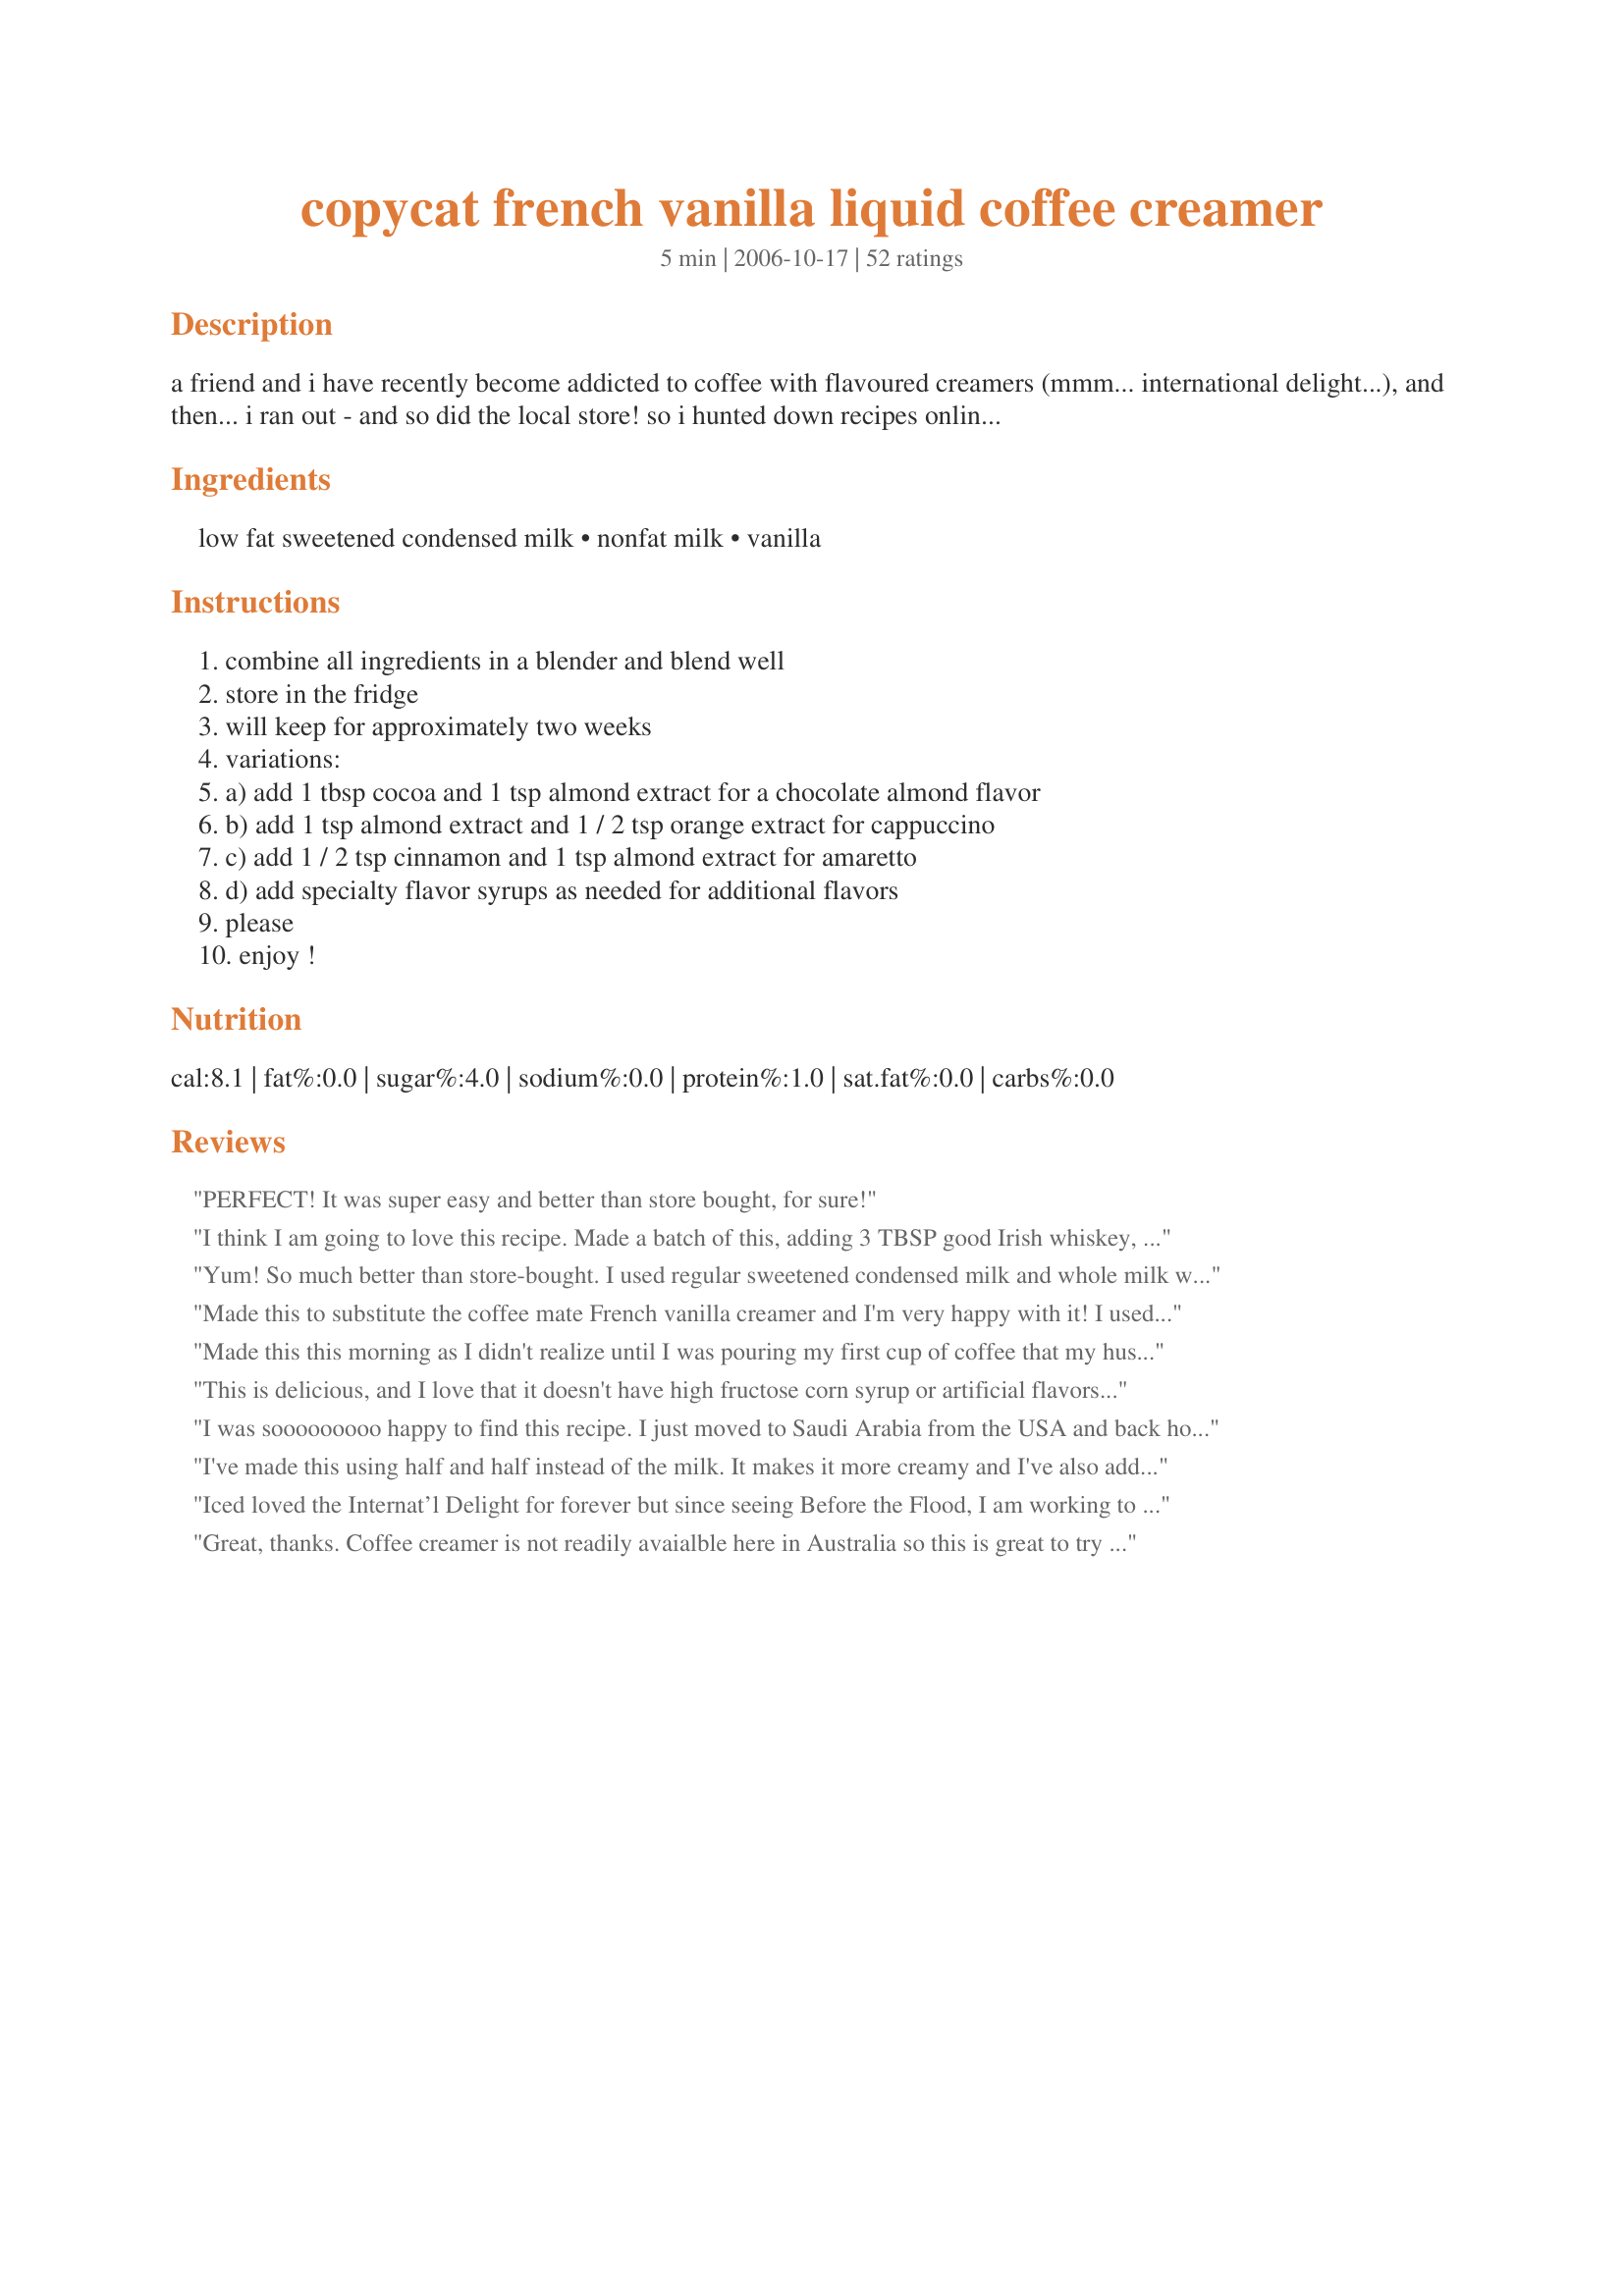
copycat french vanilla liquid coffee creamer
Preparation time: 5 minutes

a friend and i have recently become addicted to coffee with flavoured creamers (mmm... international delight...), and then... i ran out - and so did the local store! so i hunted down recipes online until i found this one - it's sweet and creamy and (most importantly - to me, at least) not a powder!!! it's from thriftyfun.com.

Ingredients:
low fat sweetened condensed milk, nonfat milk, vanilla

Steps:
combine all ingredients in a blender and blend well
store in the fridge
will keep for approximately two weeks
variations:
a) add 1 tbsp cocoa and 1 tsp almond extract for a chocolate almond flavor
b) add 1 tsp almond extract and 1 / 2 tsp orange extract for cappuccino
c) add 1 / 2 tsp cinnamon and 1 tsp almond extract for amaretto
d) add specialty flavor syrups as needed for additional flavors
please
enjoy !

Reviews:
PERFECT! It was super easy and better than store bought, for sure!
I think I am going to love this recipe. Made a batch of this, adding 3 TBSP good Irish whiskey, as DH loves Irish whiskey flavored creamer, which I can't find anywhere anymore. The taste is wonderfull, made using homemade sweetened condensed milk too, had the whole thing together in minutes. Will have to try mixing up chocolate mint when this batch is gone! Thanks for posting!
Yum! So much better than store-bought. I used regular sweetened condensed milk and whole milk with vanilla extract. Don't think I'll be spending so much on the brand anymore.
Made this to substitute the coffee mate French vanilla creamer and I'm very happy with it! I used almond milk and fat free condensed milk. I don't think I'll go back to the store bought stuff since I don't know everything that's in it and I don't think I want to be drinking vegetable oil with my coffee.
Made this this morning as I didn't realize until I was pouring my first cup of coffee that my husband used the last of the store bought french vanilla creamer. LOVED IT! Thanks for the receipe, this will be a big money saver as neither of us like coffee without the flavored creamer!
This is delicious, and I love that it doesn't have high fructose corn syrup or artificial flavors in it. It tastes a little different from store bought - kind of a caramel flavor from the sweetened condensed milk. I can't wait to try some of the other variations.
I was sooooooooo happy to find this recipe. I just moved to Saudi Arabia from the USA and back home I would drink this coffee creamer by Coffe Mate everyday but they do not have it here. They actually only have the powdered kind and also the vanilla extract here is also powder, ugh. So thanks for at least bringing me back one thing I loved and missed..
I've made this using half and half instead of the milk. It makes it more creamy and I've also added cinnamon before it's so yummy!!!!
Iced loved the Internat’l Delight for forever but since seeing Before the Flood, I am working to remove palm oil (under its many names) out of my purchasing from food &amp; supplements to makeup to household cleaners, etc. While this didn’t hit the mark, I’m gonna continue to play with it and see if I can’t make this work. I’d also note because flavors can vary widely in quality from one brand to the next.
Great, thanks. Coffee creamer is not readily avaialble here in Australia so this is great to try some of the recipes that use this as an ingredient.
I followed the recipe exactly, used my blender. It was not good. We couldn't finish our coffee. Let a bad aftertaste too.
very very good....
I made both the French Vanilla
& I made Choc Mint...
how I made the Choc mint was by using the recipe for this
Recipe #26276
and following the rest of your instructions....
shoot I even made the Recipe #104863...
very very easy to do & oh all the possibilities
Just tried the orange capuccino recipe. It is wonderful!! I tried mine with reconstituted powdered milk, as I do in all my cooking. What a savings! I'm enjoying being frugal!!
WOW! Am I happy. Finally no more outragiously priced flavored creamer to buy. I am hooked on the liquid, so this is perfect for me. I used ff condensed milk and skim milk. I also used Ghirardelli cocoa and a good dose of vanilla that I brought back from Mexico. Delightfully wonderful. Thank You MommaEllen!!!!!
I'm pretty disappointed. I love international delight and this tastes nothing like it. I made it exactly how it called and even used my ninja blender. My boyfriend spit his drink out. I added sugar and finished my cup but I poured the rest of the &quot;creamer&quot; out. It's not even worth storing for 2 weeks...
Really nice, very easy and without that perservative, store-bought taste.
I prepared the French Vanilla, using pure vanilla extract. We thought this recipe was just OK, too sweet for our taste buds I will probably try this recipe in the future w/the optional flavors
My sweetened condensed milk (sugar free) is dark tan and 6 months out of date?Safe to use?
I love this. My coffee was never as good when I ran out. Beautiful sweet velvety flavour. Thanks
Yay!! Finally a fat free creamer without all the hydrogenated crud found in almost any creamer. Thank you so much!
just what I was looking for! no more buying overpriced creamer at the store for me! couldn't be easier to make, I just put it in a leftover canning jar and did the shimmy-shake!
Thank You. Thank You. This recipe is GREAT. Spending almost $4.50 a bottle for the other stuff is madness. Tastes good (i use regular not low-fat) and am very impressed. Give it a "shot" in your coffee.
Very quick and easy recipe. Thank you for sharing!
I am going to try it, i have been looking for a good creamer so i can start making my own
Wow, this was awesome! It tastes better than International Delight. Thanks for the recipe.
I never had actually tried a recipe from food.com until this one, with my username its pretty obvious why I chose this one. Anyways, it doesn&#039;t overpower the coffee so congrats, the mess of the blender is hard to deal with though, all in all 4 stars!
I tried this recipe using the regular condensed milk and added 1 Tb of Carmel extract instead of the vanilla and a stick of cinnamon. Yummy,thanks for sharing ??
I am a Lover of coffee particularly vanilla flavored. Bj's carries their brand Wesley Brands and is delicious. My Sister joined Costco's 3 months ago and added me to her membership, so I didn't renew when my Bj's membership expired. Short of the story Costco's does not carry vanilla flavored coffee, so I will be trying this recipe, as I only use flavored creamers w/plain ground coffee w/my Keurig. When I google searched a diy Coffee Creamer this recipe is the only one that suggested a blender, in which the one I have (low end) does not blend well for fruit smoothies and will be used solely for this purpose:)
I was so excited to find this recipe because we ran out of creamer but I was highly disappointed. It was terrible. I thought maybe I needed to shake it up more and I did but it did not make it taste any better. Thanks for the recipe, it's just not for me.
I found it way too sweet. I am using more milk in proportion to can cond. milk to get what we like.
Sweet thank you so much for this, just made it and my husband approves, say it's even a little better than what I buy in the store. Also I can make this for Way less than the price of store bought. Thank you, Jan M.
This is very good. I liked that it wasn't to sweet since I usually don't put sugar in my coffee. will try the other varations when this is used up. 

Thanks TheSarneys.

Bullwinkle
I really liked this a lot! And I especially love that I can make whatever flavor I want (because don't you know they always discontinue my favorite flavors!). It's also great to be able to make all those yummy flavors in a fat-free version. I didn't find it too sweet at all; it had about the same sweetness as the purchased kind.
This is an excellent substitute for the real thing. I love the flexibility of this recipe and how easy it is to prepare. 

I remove the label off of my old creamer and made a new label using one of the reviewers suggestions for the Mint Truffle.

Thank you- awesome ideas!
Delicious! The only change I made was to increase the amount of milk to 2 cups.
I forgot my five stars.
Very nice and easy. Truly a money saver!!!!
Good Morning-
I just made International Foods Copycat version for Chocolate Truffle Mint Coffee Creamer, using your basic recipe.
Same amount of sweetened condensed milk, and 2% milk.
I used 3 T. of Hersheys Cocoa-unsweetened, and 1 t. pure peppermint extract.
This is about as close as it gets! I did have to sweeten my Fiance's cup with 1 t. sugar, but that's his addiction. This came out FANTASTIC!
I also made your version for the chocolate almond using 2 T. of the cocoa-excellent as well!
Thank You so much for posting this recipe!

Di
I usually don't like flavored coffees, but I may have just changed my mind. I cut down on the sweet milk (don't like really sweet drinks) and added more plain and it was perfect for me and DH. I did reduce the amount in half as just was'nt sure what we'd think of it but wish I hadn't know. So quick and easy and then you can just store in the fridge to have waiting for that next cup of coffee. Think I may now be a true convert to flavored coffees. Made for "Help a Naked Recipe Game"
This is good! Will probably continue to use your recipe!
This had a good flavor but I did find it a little sweet but sure will be a keeper.
Not anywhere near as good as store bought. I buy it from the store all the time and won't drink my coffee without. I will have to try McCormick vanilla, because I'll be honest, it tasted like those syrups you get at gas stations for coffee with the vanilla I used.....not too good.....sorry for the poor review....everyone else gave it such a high review too.
This was so good just as is, but I also added a bit of nutmeg and cinnamon on top and plan to try many new varieties, Thanks so much for this recipe!
My daughter-in-law loved it! I do not drink coffee so I forgot to add creamer to the grocery list... this recipe is a life saver!
You may as well buy the already made; the ingredients it takes to make it will cost you more money....
I made this to use with my chai tea because I have been using a little creamer instead of milk. I first tried the vanilla version but had to use regular sweetened condensed milk because I didn't have the nonfat on hand. I like the flavor. Now I'm trying to use this base & make a vanilla-chai flavored creamer. I added 1tsp. cinnamon, then 1/4 tsp of each; cardamom, ginger, allspice, & cloves (ground, all). It tasted good but the spices won't desolve, bummer.
OMG this is the best coffee creamer ever! I used organic milk with mine and added 1/2tsp extra vanilla extract. I made it for my hubby and he was super excited. He tasted it and his eyes rolled in the back of his head LOL he LOVED it! It tastes better than the stuff at the stores! It tasted like melted vanilla bean ice cream. Way cheaper and better than name brad junk! Will for sure be making this from now on! Thank you for posting!!
My kids took turns keeping me up last night/ this morning. No coffee creamer left in the fridge this morning. For me, no coffee creamer = no coffee. This recipe was a LIFE SAVER! God bless you for posting it!!!! I am now confident I will survive this morning.
Very good! I used http://www.recipezaar.com/Homemade-Sweetened-Condensed-Milk-14062 . This came out very well and I also have used this base recipe to make many other flavors. I now have creamer in my fridge at all times and for a fraction of the cost I was paying before! Thanks!
Could I make a pumpkin spice creamer with this recipe?
AWESOME. I read the back of the stuff you buy from stores and could not believe how many un-pronouncable ingredients they put in them. This stuff is great!
yummy.. better than store bought.. i added a tbs more sugar and used regular condensed milk and whole milk. this was delish!!! will try the chocolate truffle next.
